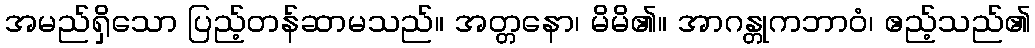
အမည်ရှိသော ပြည့်တန်ဆာမသည်။ အတ္တနော၊ မိမိ၏။ အာဂန္တုကဘာဝံ၊ ဧည့်သည်၏